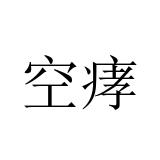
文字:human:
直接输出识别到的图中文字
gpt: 空痚